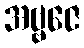
အဗ္ဗဇေ